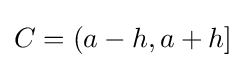
C=(a-h,a+h]